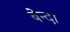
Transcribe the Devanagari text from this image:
बेन्दा